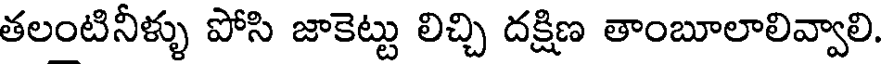
తలంటినీళ్ళు పోసి జాకెట్టు లిచ్చి దక్షిణ తాంబూలాలివ్వాలి.